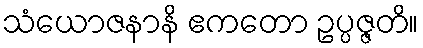
သံယောဇနာနိ ဧကတော ဥပ္ပဇ္ဇတိ။